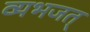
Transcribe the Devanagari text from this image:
व्यभजत्